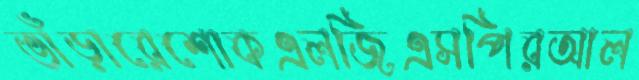
ভাঁড়ারেশোকএলজিএসপিরআল